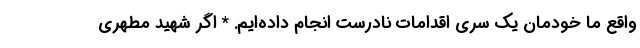
واقع ما خودمان یک سری اقدامات نادرست انجام داده‌ایم. * اگر شهید مطهری